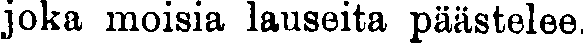
joka moisia lauseita päästelee.